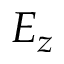
E _ { z }